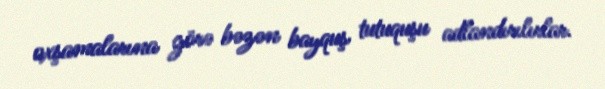
oxşamalarına görə bəzən bayquş tutuquşu adlandırılırlar.